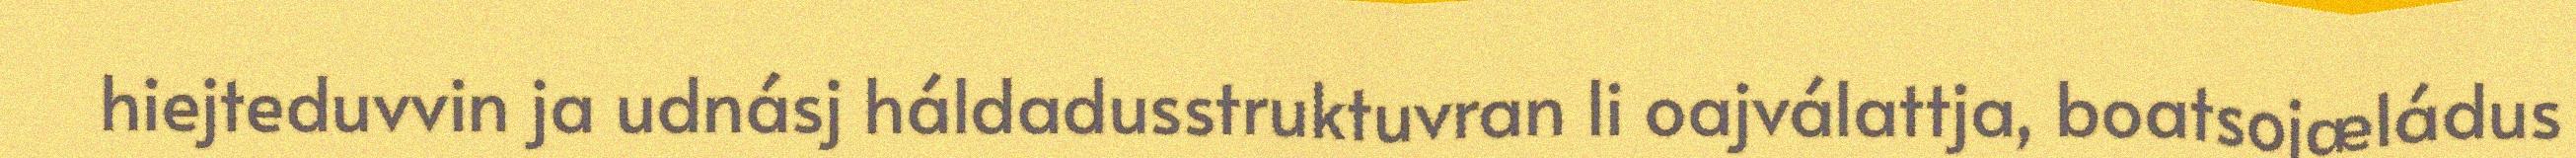
hiejteduvvin ja udnásj háldadusstruktuvran li oajválattja, boatsojæládus